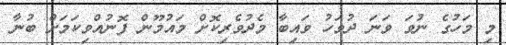
މި މަހުގެ ނުވަ ވަނަ ދުވަހު ވައިބާ މެދުވެރިކޮށް މައުމޫން ފޮނުއްވިކަމަށް ބުނާ